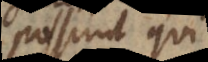
possunt qui